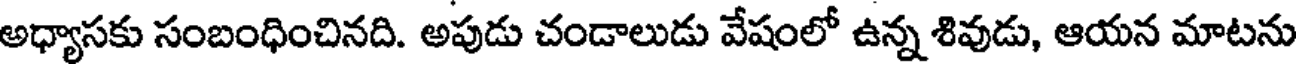
అధ్యాసకు సంబంధించినది. అపుడు చండాలుడు వేషంలో ఉన్న శివుడు, ఆయన మాటను